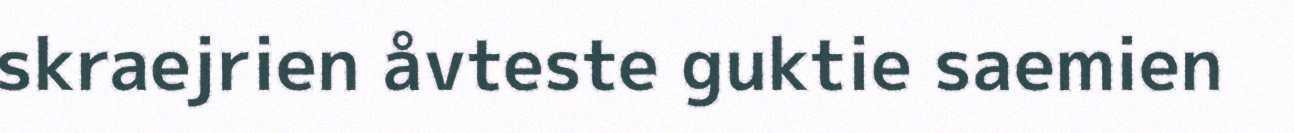
skraejrien åvteste guktie saemien